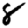
Digit: 8